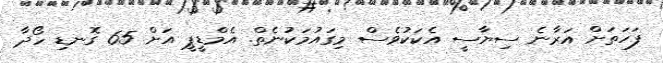
ފަހަތަށް އަރާނެ ސިޔާސީ އެކަކުވެސް މިގައުމަކުނެތް. އެމްޑީޕީ އަށް 65 ގޮނޑި ހޯދާ